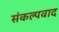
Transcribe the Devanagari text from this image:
संकल्पवाद